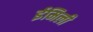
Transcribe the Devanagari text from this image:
ईमिली